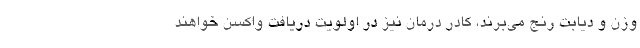
وزن و دیابت رنج می‌برند، کادر درمان نیز در اولویت دریافت واکسن خواهند